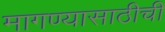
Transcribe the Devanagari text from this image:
मागण्यासाठीची